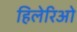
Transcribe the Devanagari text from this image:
हिलेरिओ